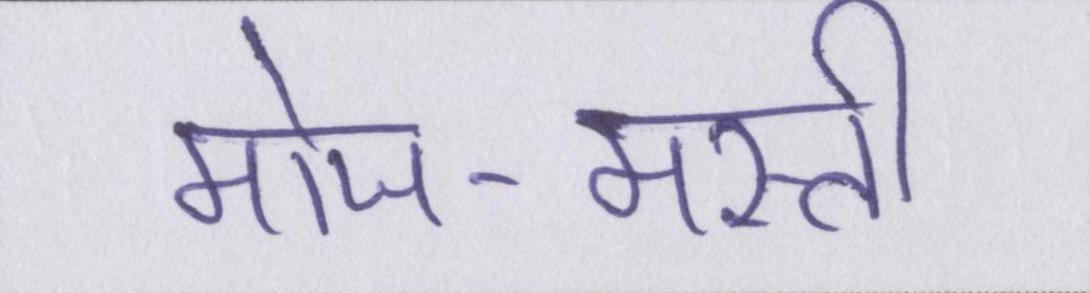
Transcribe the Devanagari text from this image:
मोज-मस्ती